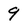
Character: 9